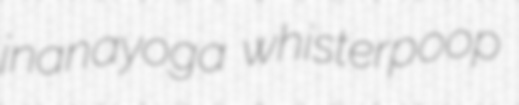
jnanayoga whisterpoop